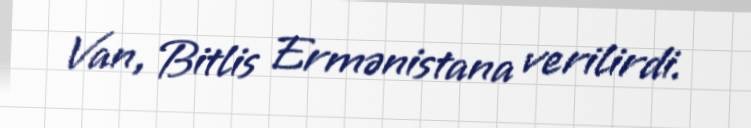
Van, Bitlis Ermənistana verilirdi.